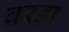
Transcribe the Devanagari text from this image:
वरडा